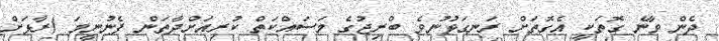
ދެން ވާނެ ގޮތަކީ އެގޮތަށް ރަނގަޅުނުވެ ބްރިޖުގެ މަސައްކަތް ކުރިއަށްދާތަން ފެނުނީމަ (ރާޅަށް